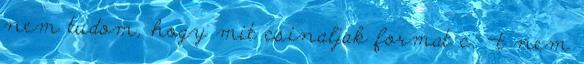
nem tudom, hogy mit csinaljak format c: -t nem